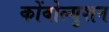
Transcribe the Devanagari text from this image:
कोंवोल्युशन